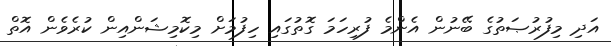
އަދި މިފުރުޞަތުގެ ބޭނުން އެންމެ ފުރިހަމަ ގޮތުގައި ހިފުމަށް މިކޮމިޝަންއިން ކުރެވެން އޮތް